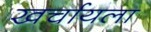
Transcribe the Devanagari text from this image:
खर्चायला